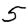
Digit: 5